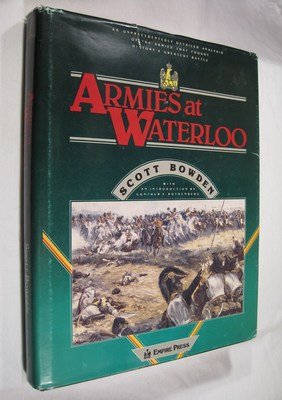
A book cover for Armies at Waterloo: A Detailed Analysis of the Armies That Fought History's Greatest Battle; Scott Bowden; History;